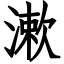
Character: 漱